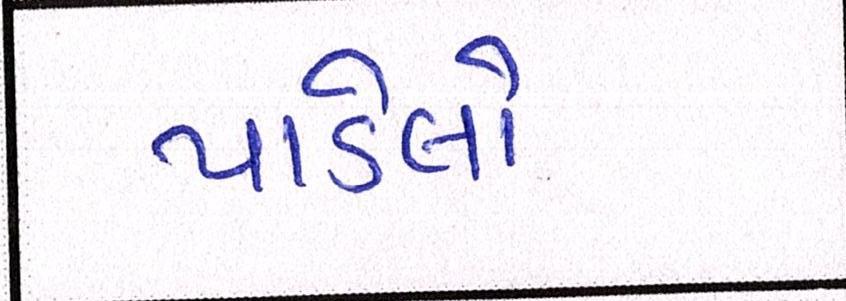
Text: પાડેલો